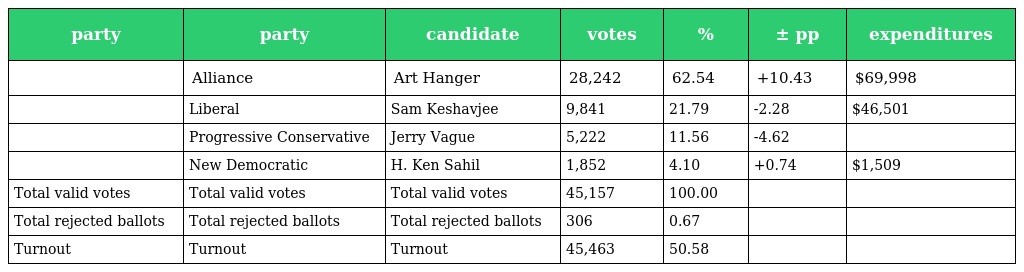
| party | party | candidate | votes | % | ± pp | expenditures |
 | --- | --- | --- | --- | --- | --- | --- |
 |  | Alliance | Art Hanger | 28,242 | 62.54 | +10.43 | $69,998 |
 |  | Liberal | Sam Keshavjee | 9,841 | 21.79 | -2.28 | $46,501 |
 |  | Progressive Conservative | Jerry Vague | 5,222 | 11.56 | -4.62 |  |
 |  | New Democratic | H. Ken Sahil | 1,852 | 4.10 | +0.74 | $1,509 |
 | Total valid votes | Total valid votes | Total valid votes | 45,157 | 100.00 |  |  |
 | Total rejected ballots | Total rejected ballots | Total rejected ballots | 306 | 0.67 |  |  |
 | Turnout | Turnout | Turnout | 45,463 | 50.58 |  |  |